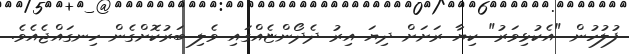
ފުލުހުން "އެކުޅިވަރު" ކިޔާ ރަށަށް ދިޔަ އިރު ދެދޯންޏެއްގައި ވެލި ބަރުކޮށްގެން ހިނގައްޖެއެވެ.